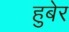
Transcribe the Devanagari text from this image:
हुबेर